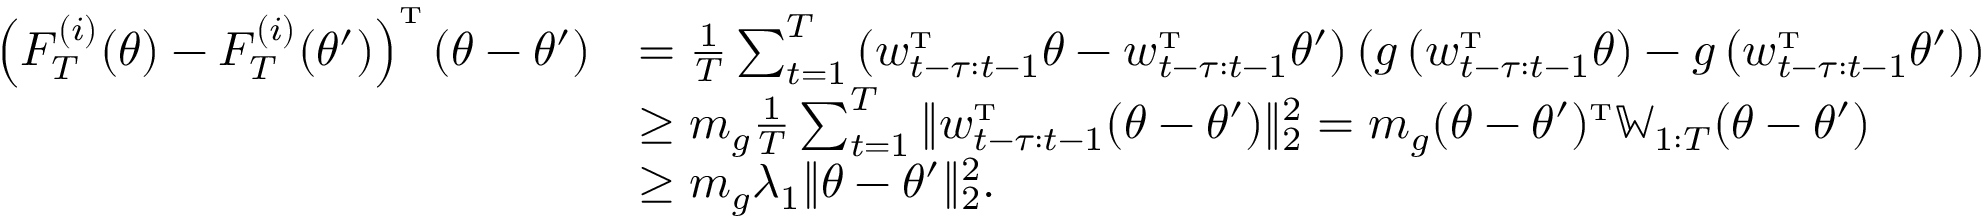
\begin{array} { r l } { \left( F _ { T } ^ { ( i ) } ( \theta ) - F _ { T } ^ { ( i ) } ( \theta ^ { \prime } ) \right) ^ { \mathrm { \scriptscriptstyle T } } ( \theta - \theta ^ { \prime } ) } & { = \frac { 1 } { T } \sum _ { t = 1 } ^ { T } \left( w _ { t - \tau : t - 1 } ^ { \mathrm { \scriptscriptstyle T } } \theta - w _ { t - \tau : t - 1 } ^ { \mathrm { \scriptscriptstyle T } } \theta ^ { \prime } \right) \left( g \left( w _ { t - \tau : t - 1 } ^ { \mathrm { \scriptscriptstyle T } } \theta \right) - g \left( w _ { t - \tau : t - 1 } ^ { \mathrm { \scriptscriptstyle T } } \theta ^ { \prime } \right) \right) } \\ & { \geq m _ { g } \frac { 1 } { T } \sum _ { t = 1 } ^ { T } \| w _ { t - \tau : t - 1 } ^ { \mathrm { \scriptscriptstyle T } } ( \theta - \theta ^ { \prime } ) \| _ { 2 } ^ { 2 } = m _ { g } ( \theta - \theta ^ { \prime } ) ^ { \mathrm { \scriptscriptstyle T } } \mathbb { W } _ { 1 : T } ( \theta - \theta ^ { \prime } ) } \\ & { \geq m _ { g } \lambda _ { 1 } \| \theta - \theta ^ { \prime } \| _ { 2 } ^ { 2 } . } \end{array}